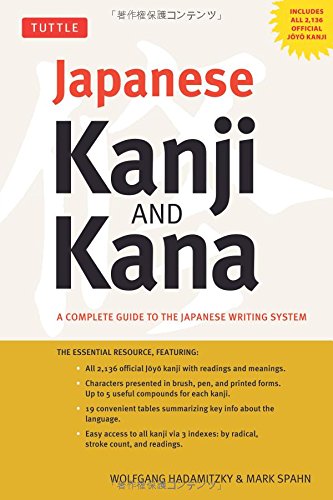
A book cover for Japanese Kanji & Kana: A Complete Guide to the Japanese Writing System; Wolfgang Hadamitzky; Reference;